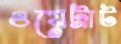
ওয়েট্রাট